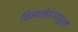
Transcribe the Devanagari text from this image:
विमानोड्डाणापूर्वी